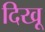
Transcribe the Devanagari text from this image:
दिखू